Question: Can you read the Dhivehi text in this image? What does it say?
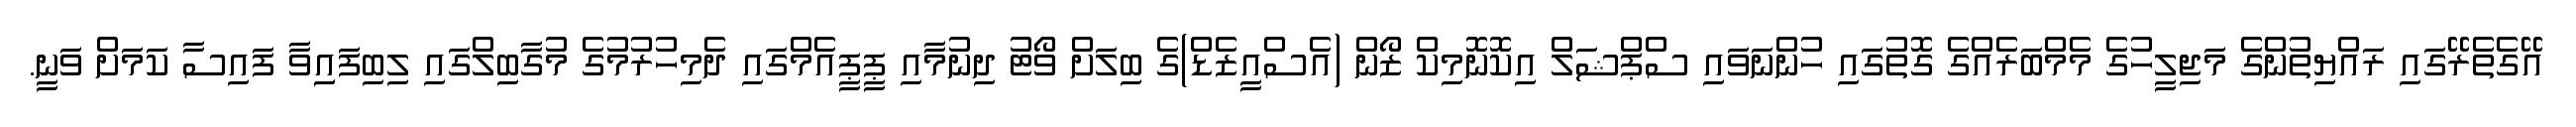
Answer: އޭގެތެރޭގައި ރައްޔިތުންގެ މަޖިލީހުގެ މެމްބަރެއްގެ ގޮތުގައި ހުންނަވައި ސްޕްޝަލް އިކޮނޮމިކް ޒޯން (އެސްއީޒެޑް)ގެ ބިލަށް ވޯޓު ދިނުމާއި ޕީޕީއެމްގައި ދެމިހުރުމުގެ މުގާބިލްގައި ލިބިފައިިވާ ފައިސާ ކަމަށް ވަނީ.